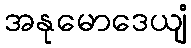
အနုမောဒေယျံ